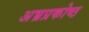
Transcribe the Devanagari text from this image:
अभ्रप्रकोष्ठ